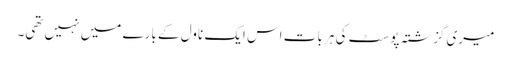
میری گزشتہ پوسٹ کی ہر بات اس ایک ناول کے بارے میں نہیں تھی۔